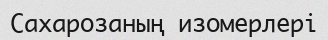
Сахарозаның изомерлері